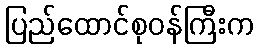
ပြည်ထောင်စုဝန်ကြီးက